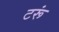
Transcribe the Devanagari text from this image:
टरूं